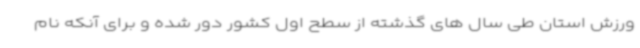
ورزش استان طی سال های گذشته از سطح اول کشور دور شده و برای آنکه نام